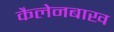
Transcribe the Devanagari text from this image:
कैलेनबाख